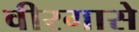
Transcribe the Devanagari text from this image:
वीरगासे